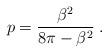
LaTeX: \begin{align*}p=\displaystyle\frac{\beta ^{2}}{8\pi -\beta ^{2}}\: .\end{align*}